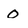
Character: 0